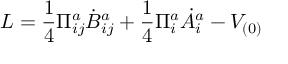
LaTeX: { \cal L } = \frac { 1 } { 4 } \Pi _ { i j } ^ { a } \dot { B } _ { i j } ^ { a } + \frac { 1 } { 4 } \Pi _ { i } ^ { a } \dot { A } _ { i } ^ { a } - V _ { ( 0 ) }